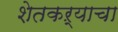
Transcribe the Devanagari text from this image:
शेतकऱ्याचा